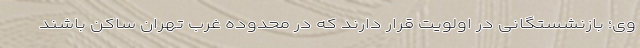
وی؛ بازنشستگانی در اولویت قرار دارند که در محدوده غرب تهران ساکن باشند